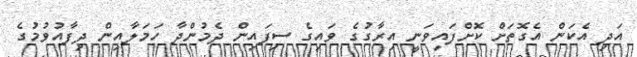
އަދި އެކަން އެގޮތަށް ކޮށްފައިވަނީ އިރާގުގެ ވައިގެ ސިފައިން ދެމުންދާ ހަމަލާއިން ދިފާއުވުމުގެ